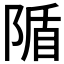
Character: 𨺠